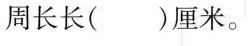
周长长( )厘米。